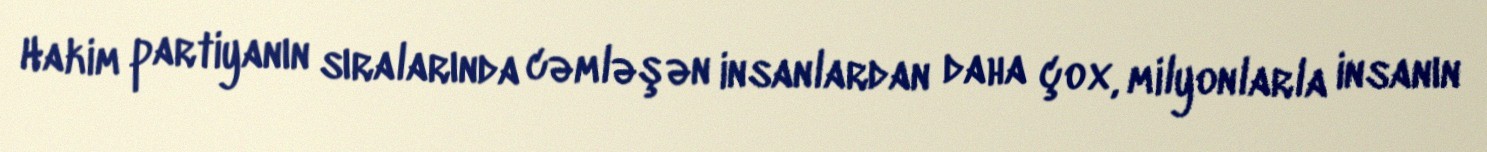
Hakim partiyanın sıralarında cəmləşən insanlardan daha çox, milyonlarla insanın